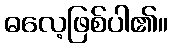
ဓလေ့ဖြစ်ပါ၏။